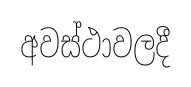
අවස්ථාවලදී